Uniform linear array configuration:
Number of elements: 64
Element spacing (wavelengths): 0.75
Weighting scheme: blackman
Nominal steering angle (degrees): -15
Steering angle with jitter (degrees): -14.959
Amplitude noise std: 0.05
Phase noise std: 0.05

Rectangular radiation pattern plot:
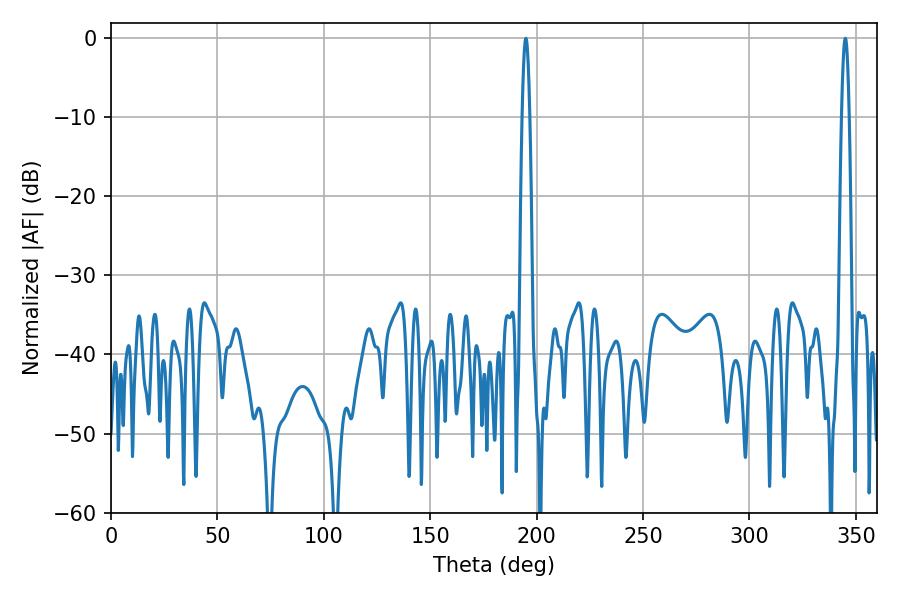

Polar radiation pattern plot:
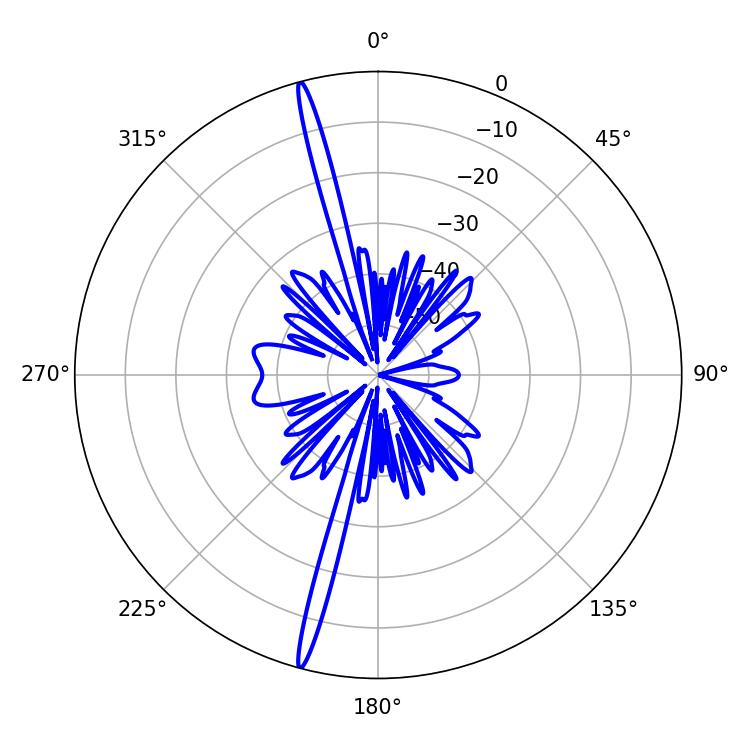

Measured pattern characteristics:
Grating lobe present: TRUE
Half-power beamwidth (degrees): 1.8
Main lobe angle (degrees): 194.94